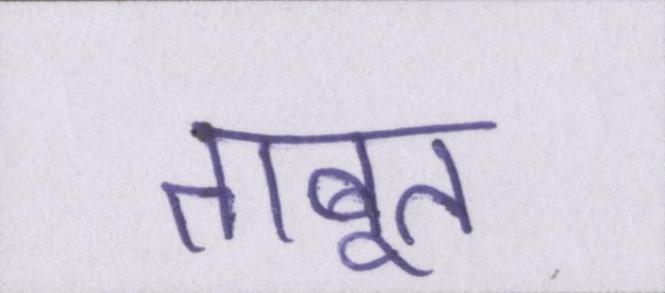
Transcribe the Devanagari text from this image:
ताबूत